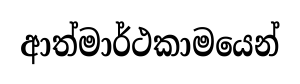
ආත්මාර්ථකාමයෙන්